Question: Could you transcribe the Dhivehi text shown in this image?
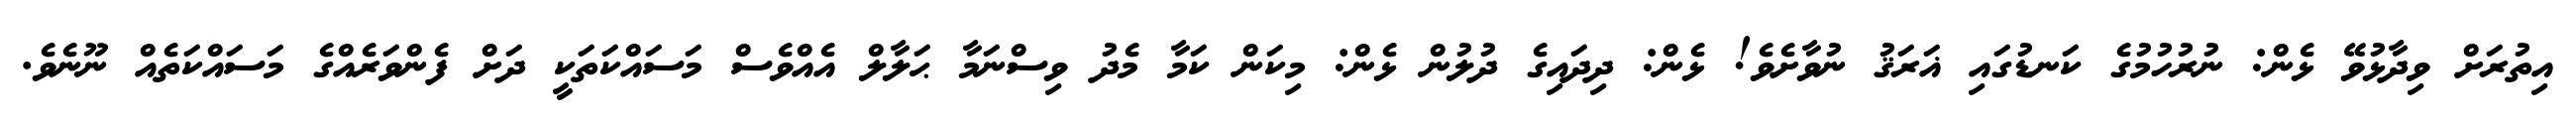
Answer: އިތުރަށް ވިދާޅުވޭ ޅެން: ނުރުހުމުގެ ކަނޑުގައި ޣަރަޤު ނުވާށެވެ! ޅެން: ދިދައިގެ ދުލުން ޅެން: މިކަން ކަމާ މެދު ވިސްނަމާ ޙަލާލް އެއްވެސް މަސައްކަތަކީ ދަށް ފެންވަރެއްގެ މަސައްކަތެއް ނޫނެވެ.